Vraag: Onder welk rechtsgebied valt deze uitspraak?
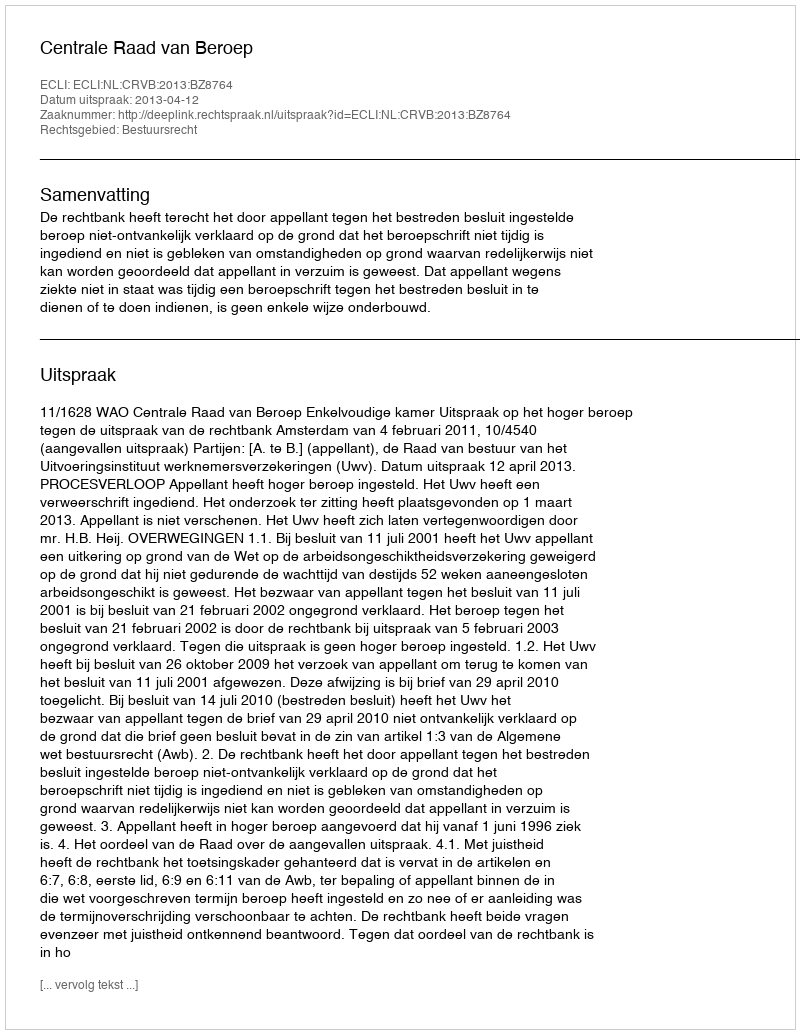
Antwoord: Bestuursrecht